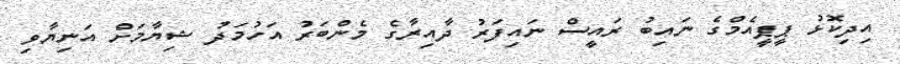
އިދިކޮޅު ޕީޕީއެމްގެ ނައިބު ރައީސް ނައިފަރު ދާއިރާގެ މެންބަރު އަހުމަދު ޝިޔާމަށް އަނިޔާވި